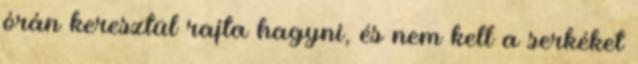
órán keresztül rajta hagyni, és nem kell a serkéket